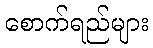
စောက်ရည်များ